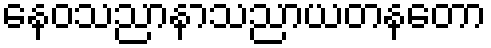
နေဝသညာနာသညာယတနတော